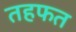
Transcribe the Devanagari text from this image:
तहफत